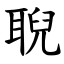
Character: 聣